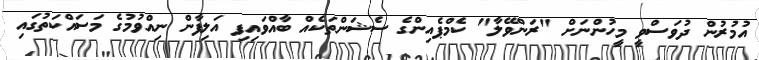
އުމުރުން ދުވަސްވީ މީހުންނަށް "ރަންވޭލާ" ކެމްޕެއިންގެ ސެޝަންތަކެއް ބާއްވައިފި އަލިފާން ނިއްވުމުގެ މަސައްކަތުގައި